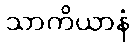
သာကိယာနံ